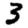
Digit: 3